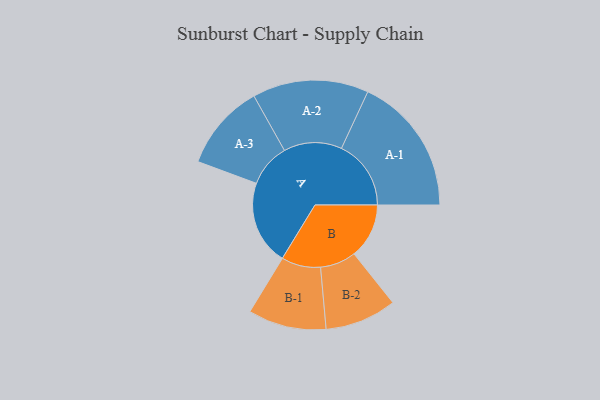
{"axis": {"x": "Segment", "y": "Value"}, "legend": ["", "A", "B"], "data": [{"x": "A", "y": 330, "type": ""}, {"x": "B", "y": 215, "type": ""}, {"x": "A-1", "y": 272, "type": "A"}, {"x": "A-2", "y": 227, "type": "A"}, {"x": "A-3", "y": 169, "type": "A"}, {"x": "B-1", "y": 153, "type": "B"}, {"x": "B-2", "y": 140, "type": "B"}]}